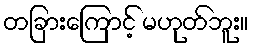
တခြားကြောင့် မဟုတ်ဘူး။